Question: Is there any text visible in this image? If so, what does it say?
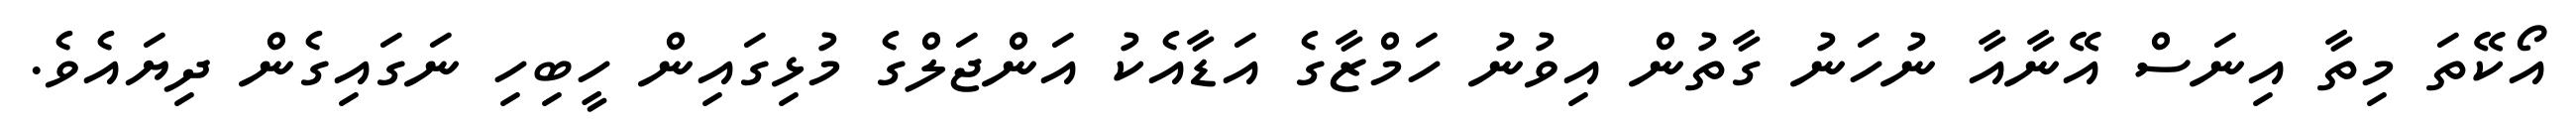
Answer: އޯކޭތަ މިތާ އިނަސް އޭނާއާ ނުހަނު ގާތުން އިވުނު ހަމްޒާގެ އަޑާއެކު އަންޖަލްގެ މުޅިގައިން ހީބިހި ނަގައިގެން ދިޔައެވެ.